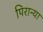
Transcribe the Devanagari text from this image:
पिरान्या